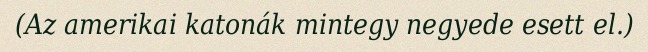
(Az amerikai katonák mintegy negyede esett el.)